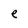
Character: e